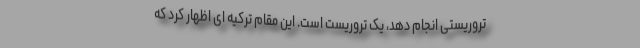
تروریستی انجام دهد، یک تروریست است. این مقام ترکیه ای اظهار کرد که